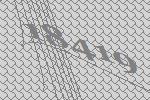
18419